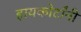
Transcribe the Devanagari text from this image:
हायकोर्टांनी